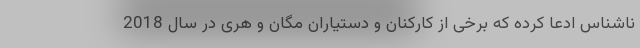
ناشناس ادعا کرده که برخی از کارکنان و دستیاران مگان و هری در سال 2018